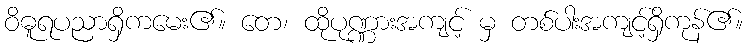
ဝိဓူရပညာရှိကမေး၏။ တေ၊ ထိုပုဏ္ဏားအကျင့် မှ တစ်ပါးအကျင့်ရှိကုန်၏။